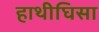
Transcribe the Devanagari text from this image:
हाथीघिसा